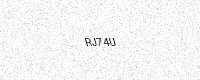
Text: RJ74U